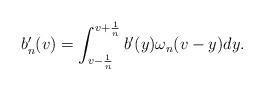
LaTeX: \begin{align*}b_{n}'(v)=\int_{v-\frac{1}{n}}^{v+\frac{1}{n}}b'(y)\omega_n(v-y)dy.\end{align*}